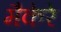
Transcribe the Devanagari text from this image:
मैकेरे